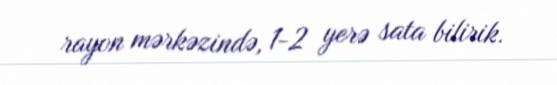
rayon mərkəzində, 1-2 yerə sata bilirik.